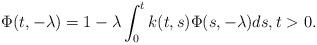
LaTeX: \begin{align*}\Phi(t,-\lambda)=1-\lambda\int_0^t k(t,s)\Phi(s,-\lambda)ds,t>0.\end{align*}